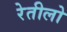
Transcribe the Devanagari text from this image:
रेतीलो